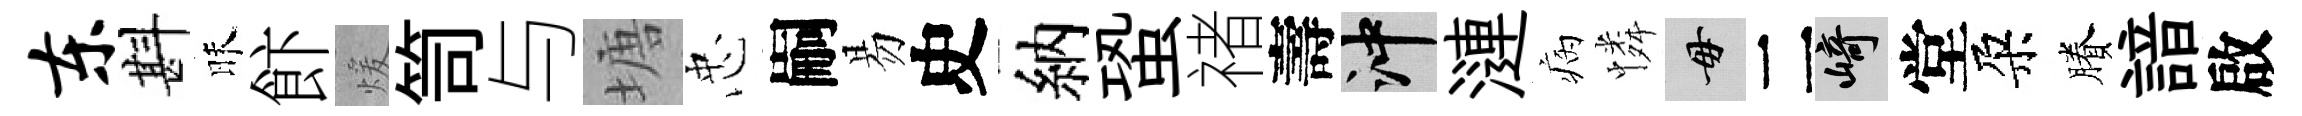
东斟昧飰煖笥与塘忠嗣易史納蛩禇壽冲漣病憐毋二崎堂朶賸諳啟